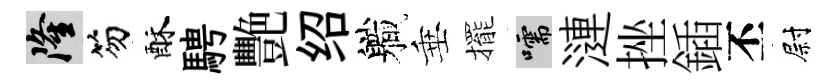
隆笏酥騁艷绍軄垂擺嚅漣挫鍤丕尉